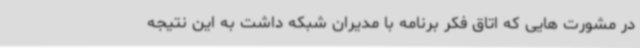
در مشورت هایی که اتاق فکر برنامه با مدیران شبکه داشت به این نتیجه